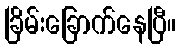
ခြိမ်းခြောက်နေပြီ။